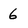
Character: 6